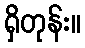
ရှိတုန်း။